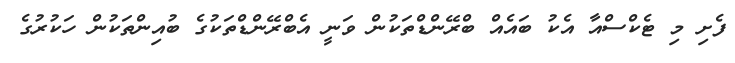
ފެށި މި ޓެކްސްއާ އެކު ބައެއް ބްރޭންޑްތަކުން ވަނީ އެބްރޭންޑްތަކުގެ ބުއިންތަކުން ހަކުރުގެ